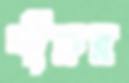
শীরুর